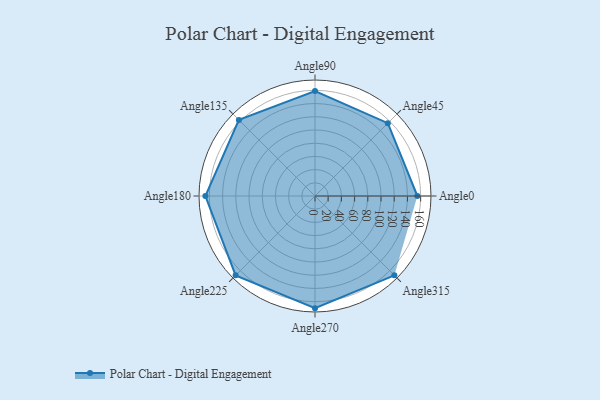
{"axis": {"x": "Angle", "y": "Radius"}, "legend": [""], "data": [{"x": "Angle0", "y": 155.0, "type": ""}, {"x": "Angle45", "y": 156.0, "type": ""}, {"x": "Angle90", "y": 159.0, "type": ""}, {"x": "Angle135", "y": 163.0, "type": ""}, {"x": "Angle180", "y": 166.0, "type": ""}, {"x": "Angle225", "y": 170, "type": ""}, {"x": "Angle270", "y": 170, "type": ""}, {"x": "Angle315", "y": 170, "type": ""}]}